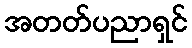
အတတ်ပညာရှင်